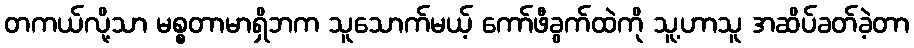
တကယ်လို့သာ မစ္စတာမာရှိဘက သူသောက်မယ့် ကော်ဖီခွက်ထဲကို သူ့ဟာသူ အဆိပ်ခတ်ခဲ့တာ